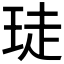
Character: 𮴙